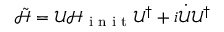
\tilde { \mathcal { H } } = { \mathcal { U } } { \mathcal { H } } _ { \textrm { i n i t } } { \mathcal { U } } ^ { \dagger } + i \dot { { \mathcal { U } } } { \mathcal { U } } ^ { \dagger }